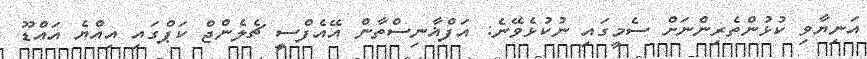
އަނިޔާވި ކުޅުންތެރިންނަށް ސެމީގައި ނުކުޅެވޭނެ: އަފްޣާނިސްތާން އޭއެފްސީ ޗެލެންޖް ކަޕްގައި އިއްޔެ އައްޑޫ